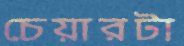
চেয়ারটা